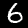
Digit: 6